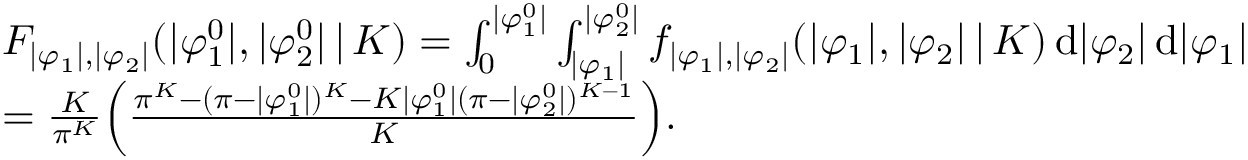
\begin{array} { r l } & { F _ { | \varphi _ { 1 } | , | \varphi _ { 2 } | } ( | \varphi _ { 1 } ^ { 0 } | , | \varphi _ { 2 } ^ { 0 } | \, | \, K ) = \int _ { 0 } ^ { | \varphi _ { 1 } ^ { 0 } | } \int _ { | \varphi _ { 1 } | } ^ { | \varphi _ { 2 } ^ { 0 } | } f _ { | \varphi _ { 1 } | , | \varphi _ { 2 } | } ( | \varphi _ { 1 } | , | \varphi _ { 2 } | \, | \, K ) \, \mathrm { d } | \varphi _ { 2 } | \, \mathrm { d } | \varphi _ { 1 } | } \\ & { = \frac { K } { \pi ^ { K } } \Big ( \frac { \pi ^ { K } - ( \pi - | \varphi _ { 1 } ^ { 0 } | ) ^ { K } - K | \varphi _ { 1 } ^ { 0 } | ( \pi - | \varphi _ { 2 } ^ { 0 } | ) ^ { K - 1 } } { K } \Big ) . } \end{array}